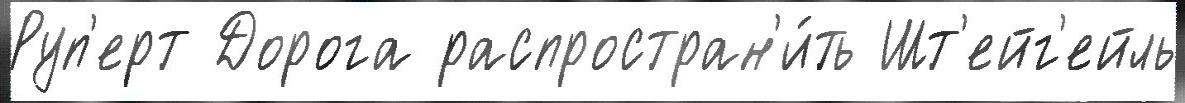
Руп'ерт Дорога распростран'и́ть Шт'ейг'ейль